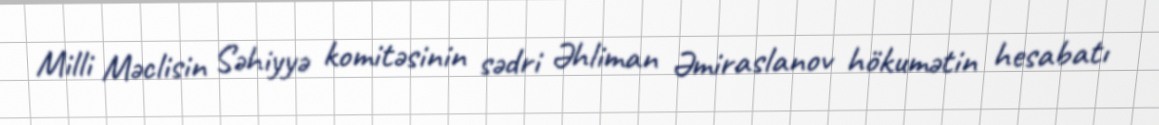
Milli Məclisin Səhiyyə komitəsinin sədri Əhliman Əmiraslanov hökumətin hesabatı